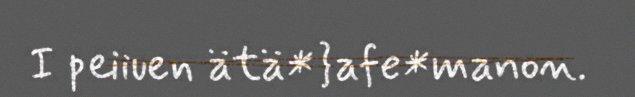
I peiiuen ätä*}afe*manon.